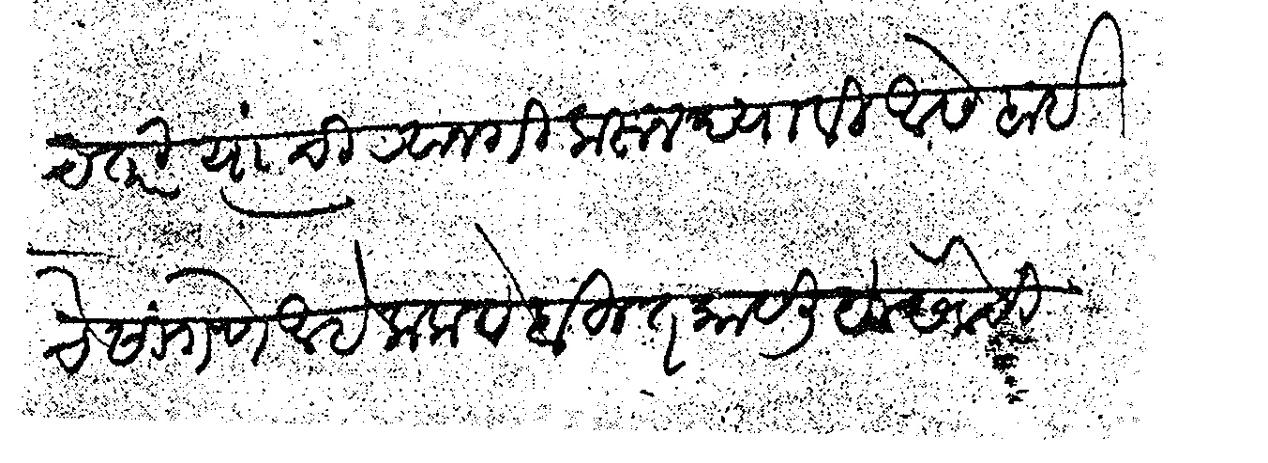
Transliteration (Devanagari): आसेलच तरी त्यांची रवानगी करून द्यावी आसे बाई चे सांगणे आहे कळावे बहुत काय लिहू सेवेसी